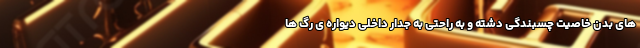
های بدن خاصیت چسبندگی دشته و به راحتی به جدار داخلی دیواره ی رگ ها